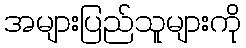
အများပြည်သူများကို